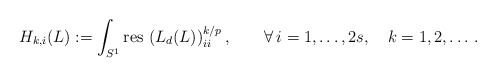
\begin{align*}H_{k,i}(L):= \int_{S^1}{\rm res\,} \left(L_d(L)\right)_{ii}^{k/{p}},\qquad\forall\,i=1,\ldots, 2s,\quad k=1,2,\dots\,.\end{align*}